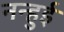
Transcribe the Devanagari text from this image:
नन्हुई